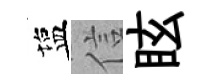
塩信眩